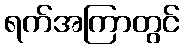
ရက်အကြာတွင်